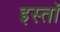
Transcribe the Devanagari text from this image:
इस्तॉ